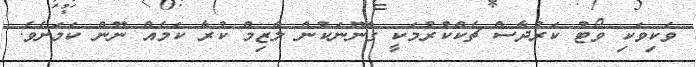
ވަކިވަކި ވޯޓު ކަރުދާސް ޗެކްކުރުމަކީ ގާނޫނަކުން ލާޒިމް ކުރާ ކަމެއް ނޫން ކަމަށެވެ.